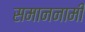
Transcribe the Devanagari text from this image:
समाननामी